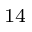
_ { 1 4 }